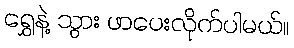
ရွှေနဲ့ သွား ဖာပေးလိုက်ပါမယ်။